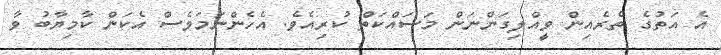
އެ އަތުގެ ތެރެއިން ވީއްލިގަންނަން މަސައްކަތް ކުރިއެވެ. އެހެންނަމަވެސް އެކަން ކާމިޔާބު ވާ